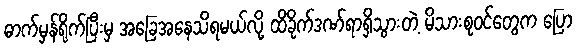
ဓာက်မှန်ရိုက်ပြီးမှ အခြေအနေသိရမယ်လို့ ထိခိုက်ဒဏ်ရာရှိသွားတဲ့ မိသားစုဝင်တွေက ပြော